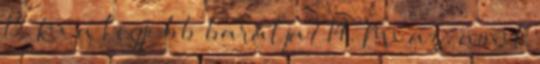
13. Ki a legjobb barátja? 14. Mi az, amit